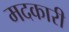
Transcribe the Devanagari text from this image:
मदकारी